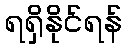
ရရှိနိုင်ရန်